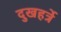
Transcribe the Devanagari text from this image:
दुखहर्त्रे